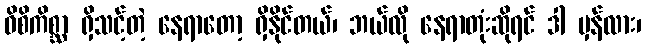
ဝိစိကိစ္ဆာ ရှိသင့်တဲ့ နေရာတော့ ရှိနိုင်တယ်၊ ဘယ်လို နေရာတုံးဆိုရင် ဒါ မှန်လား၊